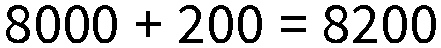
8000 + 200 = 8200